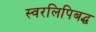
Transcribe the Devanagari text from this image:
स्वरलिपिबद्ध